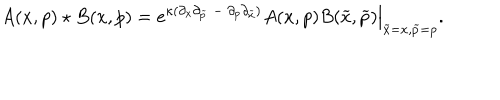
LaTeX: A ( x , p ) \star B ( x , p ) = e ^ { \kappa ( \partial _ { x } \partial _ { \widetilde { p } } { ~ } - { ~ } \partial _ { p } \partial _ { \widetilde { x } } ) } A ( x , p ) B ( { \widetilde { x } } , { \widetilde { p } } ) \Big | _ { { \widetilde { x } = x } , { \widetilde { p } = p } } .